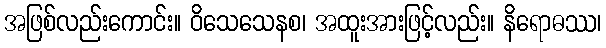
အဖြစ်လည်းကောင်း။ ဝိသေသေနစ၊ အထူးအားဖြင့်လည်း။ နိရောဓဿ၊